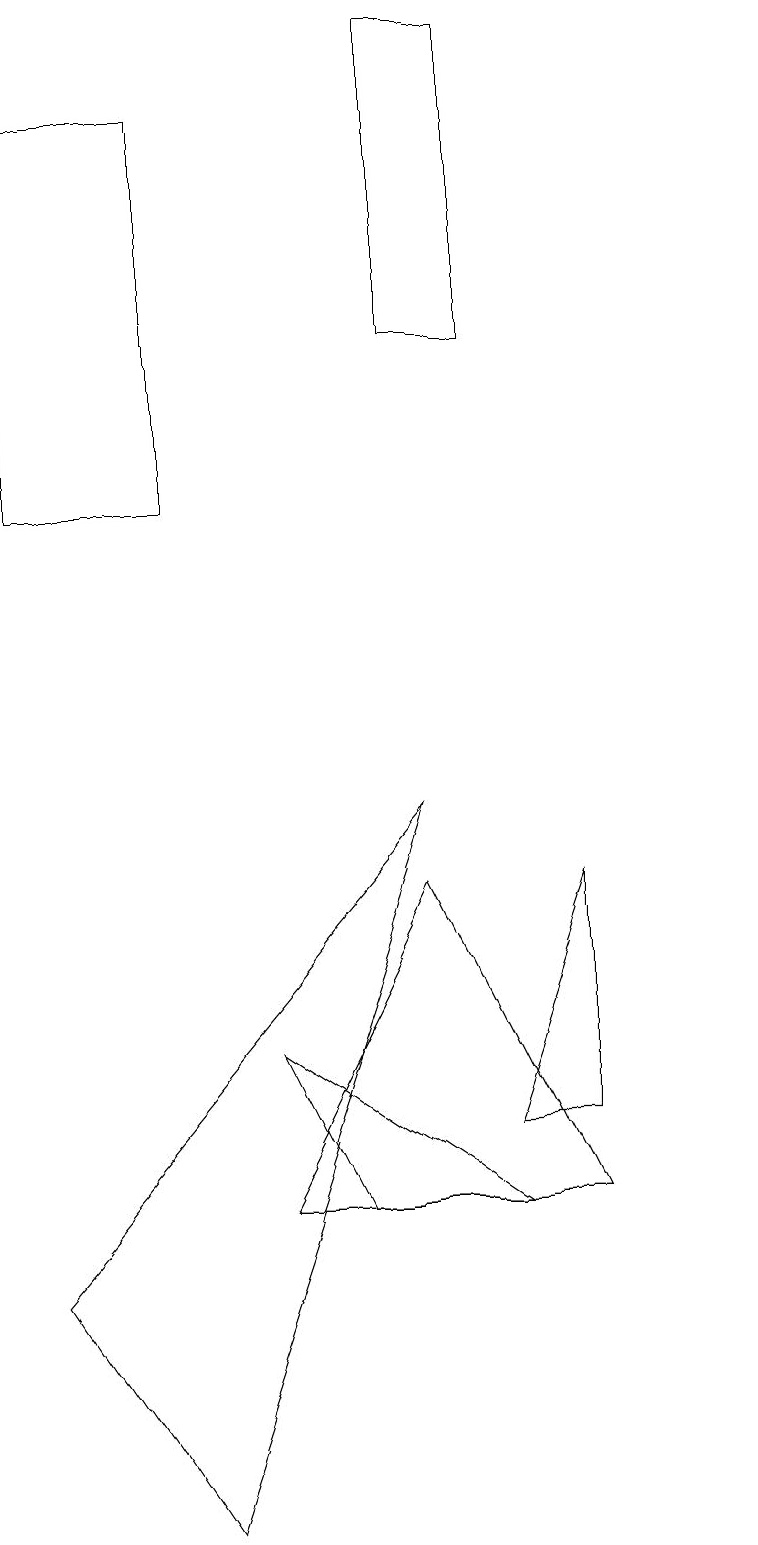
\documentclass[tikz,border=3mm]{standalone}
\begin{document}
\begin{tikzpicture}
\draw (7,15) rectangle (6,19);
\draw (10,10) circle (0);
\draw (6,9) -- (1,3) -- (3,0) -- cycle;
\draw (7,5) -- (8,8) -- (8,5) -- cycle;
\draw (8,4) -- (4,4) -- (6,8) -- cycle;
\draw (3,13) rectangle (1,18);
\draw (7,4) -- (4,6) -- (5,4) -- cycle;
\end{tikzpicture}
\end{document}